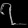
Digit: ၇